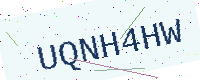
Text: UQNH4HW